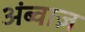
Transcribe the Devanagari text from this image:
अंब्वाज़